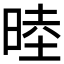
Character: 𬀻